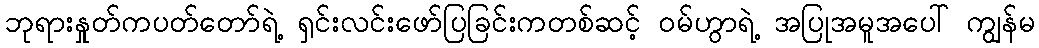
ဘုရားနှုတ်ကပတ်တော်ရဲ့ ရှင်းလင်းဖော်ပြခြင်းကတစ်ဆင့် ဝမ်ဟွာရဲ့ အပြုအမူအပေါ် ကျွန်မ